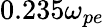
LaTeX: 0.235\omega_{pe}